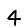
Digit: 4